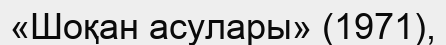
«Шоқан асулары» (1971),